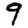
Digit: 9